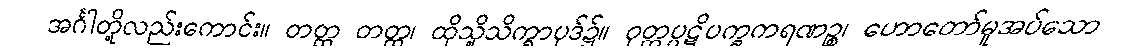
အင်္ဂါတို့လည်းကောင်း။ တတ္ထ တတ္ထ၊ ထိုသို့သိက္ခာပုဒ်၌။ ဝုတ္တပ္ပဋိပက္ခကရဏဉ္စ၊ ဟောတော်မူအပ်သော